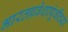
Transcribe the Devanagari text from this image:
भारतप्रवेशापूंर्वीच्या